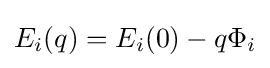
E_{i}(q)=E_{i}(0)-q\Phi _{i}